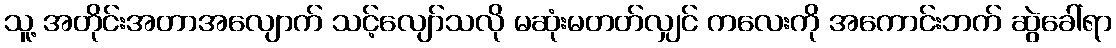
သူ့ အတိုင်းအတာအလျောက် သင့်လျော်သလို မဆုံးမတတ်လျှင် ကလေးကို အကောင်းဘက် ဆွဲခေါ်ရာ